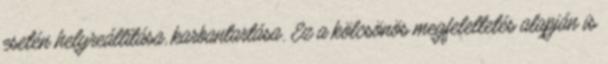
esetén helyreállítása, karbantartása. Ez a kölcsönös megfeleltetés alapján is